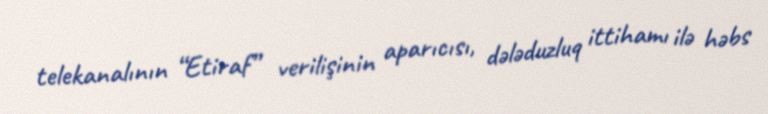
telekanalının “Etiraf” verilişinin aparıcısı, dələduzluq ittihamı ilə həbs